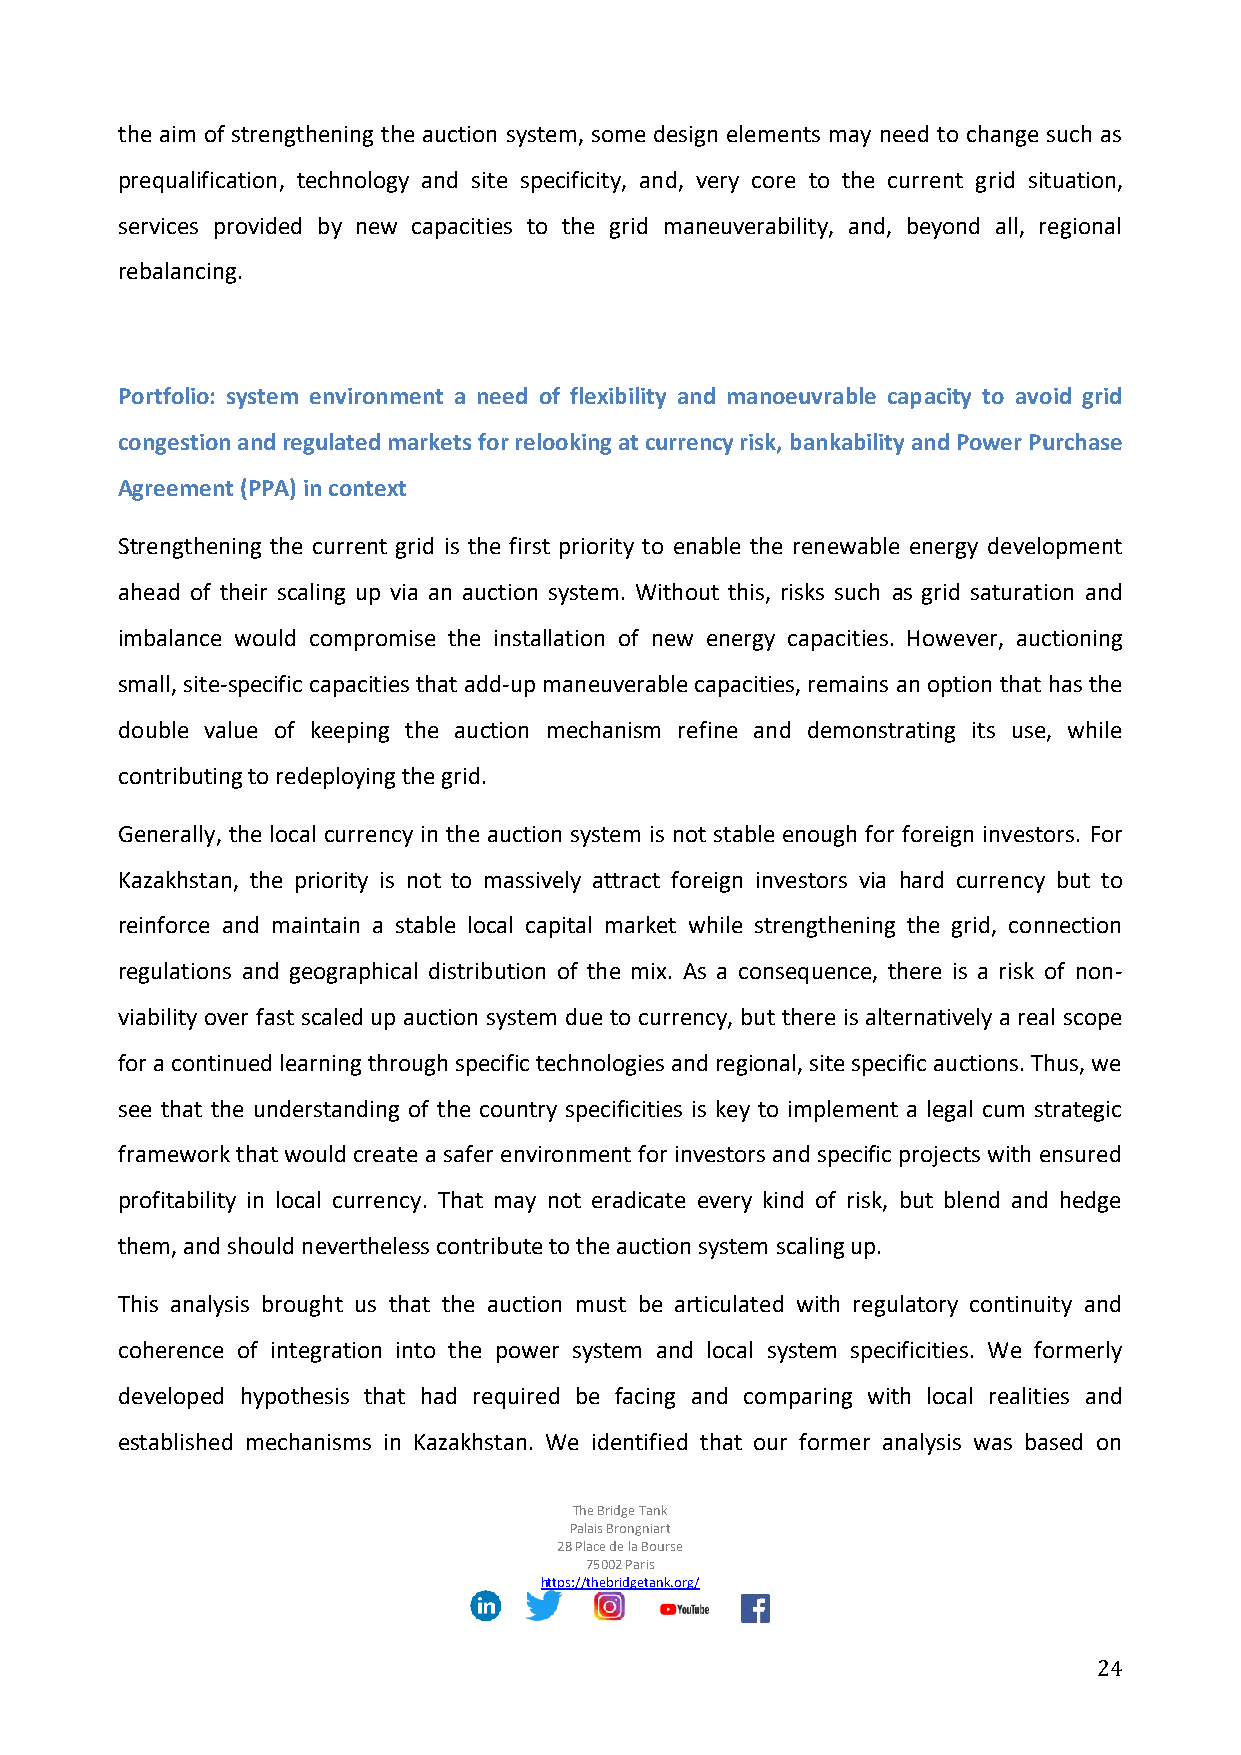
the aim of strengthening the auction system, some design elements may need to change such as
 prequalification, technology and site specificity, and, very core to the current grid situation,
 services provided by new capacities to the grid maneuverability, and, beyond all, regional
 rebalancing.
 Portfolio: system environment a need of flexibility and manoeuvrable capacity to avoid grid
 congestion and regulated markets for relooking at currency risk, bankability and Power Purchase
 Agreement (PPA) in context
 Strengthening the current grid is the first priority to enable the renewable energy development
 ahead of their scaling up via an auction system. Without this, risks such as grid saturation and
 imbalance would compromise the installation of new energy capacities. However, auctioning
 small, site-specific capacities that add-up maneuverable capacities, remains an option that has the
 double value of keeping the auction mechanism refine and demonstrating its use, while
 contributing to redeploying the grid.
 Generally, the local currency in the auction system is not stable enough for foreign investors. For
 Kazakhstan, the priority is not to massively attract foreign investors via hard currency but to
 reinforce and maintain a stable local capital market while strengthening the grid, connection
 regulations and geographical distribution of the mix. As a consequence, there is a risk of non-
 viability over fast scaled up auction system due to currency, but there is alternatively a real scope
 for a continued learning through specific technologies and regional, site specific auctions. Thus, we
 see that the understanding of the country specificities is key to implement a legal cum strategic
 framework that would create a safer environment for investors and specific projects with ensured
 profitability in local currency. That may not eradicate every kind of risk, but blend and hedge
 them, and should nevertheless contribute to the auction system scaling up.
 This analysis brought us that the auction must be articulated with regulatory continuity and
 coherence of integration into the power system and local system specificities. We formerly
 developed hypothesis that had required be facing and comparing with local realities and
 established mechanisms in Kazakhstan. We identified that our former analysis was based on
 The Bridge Tank
 Palais Brongniart
 28 Place de la Bourse
 75002 Paris
 https://thebridgetank.org/
 24